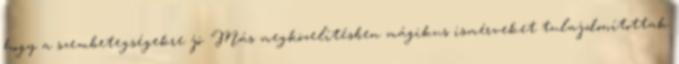
hogy a szembetegségekre jó. Más megközelítésben mágikus ismérveket tulajdonítottak